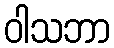
ဝါသဘာ